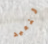
لنعيد